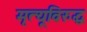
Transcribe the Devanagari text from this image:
मृत्यूविरुद्ध